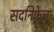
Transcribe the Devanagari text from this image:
सदनिकेला